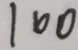
1 6 0